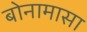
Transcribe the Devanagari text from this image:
बोनामासा